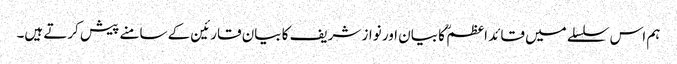
ہم اس سلسلے میں قائد اعظم ؒ کا بیان اور نواز شریف کا بیان قارئین کے سامنے پیش کرتے ہیں۔